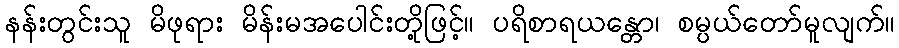
နန်းတွင်းသူ မိဖုရား မိန်းမအပေါင်းတို့ဖြင့်။ ပရိစာရယန္တော၊ စမ္ပယ်တော်မူလျက်။